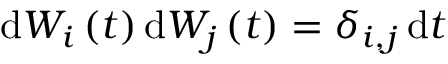
\mathrm { d } W _ { i } \left( t \right) \mathrm { d } W _ { j } \left( t \right) = \delta _ { i , j } \, \mathrm { d } t